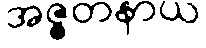
အဇ္ဇတနာယ